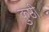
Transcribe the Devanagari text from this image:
कुष्ठी